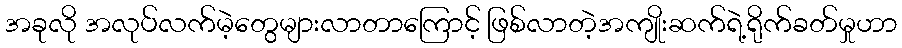
အခုလို အလုပ်လက်မဲ့တွေများလာတာကြောင့် ဖြစ်လာတဲ့အကျိုးဆက်ရဲ့ရိုက်ခတ်မှုဟာ